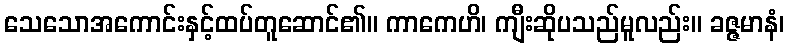
သေသောအကောင်းနှင့်ထပ်တူဆောင်၏။ ကာကေဟိ၊ ကျီးဆိုပသည်မူလည်း။ ခဇ္ဇမာနံ၊